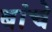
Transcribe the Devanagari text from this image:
बांचे